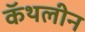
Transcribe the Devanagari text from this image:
कॅथलीन